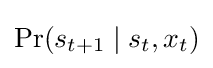
\Pr(s_{t+1}\mid s_{t},x_{t})